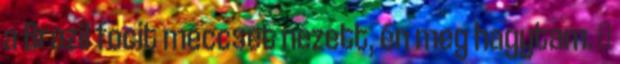
a Brazil focit meccset nézett, én meg hagytam. 🙂